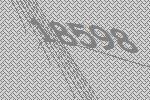
18598